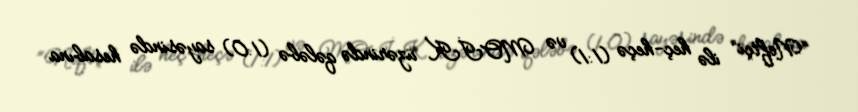
“Neftçi” ilə heç-heçə (1:1) və MOİK üzərində qələbə (1:0) sayəsində hesabına